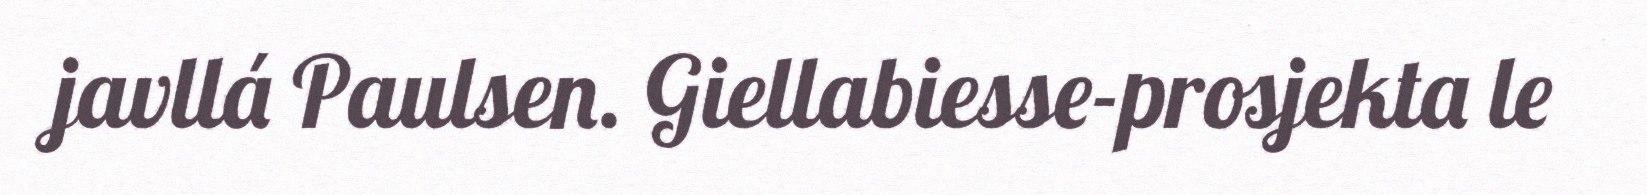
javllá Paulsen. Giellabiesse-prosjekta le